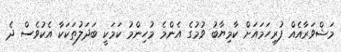
މަޝްވަރާއެއް ފުރިހަމަައަށް ކާމިޔާބު ވުމުގެ އެންމެ މުހިންމު ކަމަކީ ބަދަލުތަކަކާ އެކުވެސް ދެ